Vaccination United Provinces of Agra and Oudh 1902-1913 - 1902-1913
Year: 1902
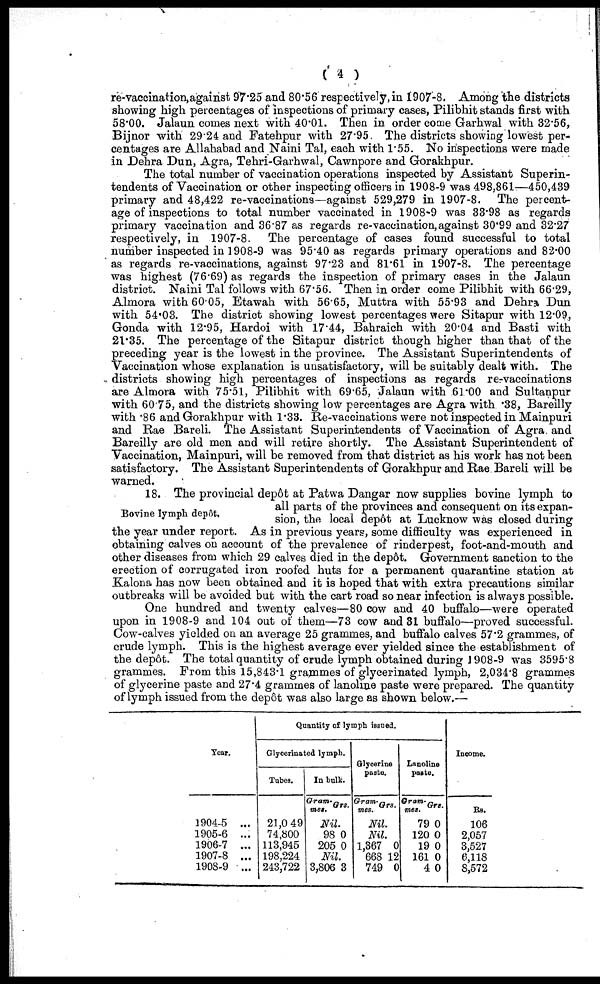
( 4 )
re-vaccination,against 97.25 and 80.56 respectively,in 1907-8. Among the districts
showing high percentages of inspections of primary cases, Pilibhit stands first with
58.00. Jalaun comes next with 40.01. Then in order come Garhwal with 32.56,
Bijnor with 29.24 and Fatehpur with 27.95 The districts showing lowest per-
centages are Allahabad and Naini Tal, each with 1.55. No inspections were made
in Dehra Dun, Agra, Tehri-Garhwal, Cawnpore and Gorakhpur.
The total number of vaccination operations inspected by Assistant Superin-
tendents of Vaccination or other inspecting officers in 1908-9 was 498,861—450,439
primary and 48,422 re-vaccinations—against 529,279 in 1907-8. The percent-
age of inspections to total number vaccinated in 1908-9 was 33.98 as regards
primary vaccination and 36.87 as regards re-vaccination,against 30.99 and 32.27
respectively, in 1907-8. The percentage of cases found successful to total
number inspected in 1908-9 was 95.40 as regards primary operations and 82.00
as regards re-vaccinations, against 97.23 and 81.61 in 1907-8. The percentage
was highest (76.69) as regards the inspection of primary cases in the Jalaun
district. Naini Tal follows with 67.56. Then in order come Pilibhit with 66.29,
Almora with 60.05, Etawah with 56.65, Muttra with 55.93 and Dehra Dun
with 54.03. The district showing lowest percentages were Sitapur with 12.09,
Gonda with 12.95, Hardoi with 17.44, Bahraich with 20.04 and Basti with
21.35. The percentage of the Sitapur district though higher than that of the
preceding year is the lowest in the province. The Assistant Superintendents of
Vaccination whose explanation is unsatisfactory, will be suitably dealt with. The
districts showing high percentages of inspections as regards re-vaccinations
are Almora with 75.51, Pilibhit with 69.65, Jalaun with 61.00 and Sultanpur
with 60.75, and the districts showing low percentages are Agra with .38, Bareilly
with .86 and Gorakhpur with 1.33. Re-vaccinations were not inspected in Mainpuri
and Rae Bareli. The Assistant Superintendents of Vaccination of Agra and
Bareilly are old men and will retire shortly. The Assistant Superintendent of
Vaccination, Mainpuri, will be removed from that district as his work has not been
satisfactory. The Assistant Superintendents of Gorakhpur and Rae Bareli will be
warned.
Bovine lymph depôt,
18. The provincial depôt at Patwa Dangar now supplies bovine lymph to
all parts of the provinces and consequent on its expan-
sion, the local aepôt at Lucknow was closed during
the year under report. As in previous years, some difficulty was experienced in
obtaining calves on account of the prevalence of rinderpest, foot-and-mouth and
other diseases from which 29 calves died in the depôt. Government sanction to the
erection of corrugated iron roofed huts for a permanent quarantine station at
Kalona has now been obtained and it is hoped that with extra precautions similar
outbreaks will be avoided but with the cart road so near infection is always possible.
One hundred and twenty calves—80 cow and 40 buffalo—were operated
upon in 1908-9 and 104 out of them—73 cow and 81 buffalo—proved successful.
Cow-calves yielded on an average 25 grammes, and buffalo calves 57.2 grammes, of
crude lymph. This is the highest average ever yielded since the establishment of
the depôt. The total quantity of crude lymph obtained during 1908-9 was 3595.8
grammes. From this 15,843.1 grammes of glycerinated lymph, 2,034.8 grammes
of glycerine paste and 27.4 grammes of lanoline paste were prepared. The quantity
of lymph issued from the depôt was also large as shown below.—
Year.
1904-5 ...
1905-6 ...
1906-7 ...
1907-8 ...
1908-9 ...
Quantity of lymph issued.
Glycerinated lymph.
Tubes.
21,0 49
74,800
113,945
198,224
243,722
In bulk
Gram-
mes.
Grs.
Nil.
98
205
0
0
Nil.
3,806 3
Glycerine
paste.
Gram-
mes.
Grs.
Nil.
Nil.
1,367
668
749
0
12
0
Lanoline
paste.
Gram-
mes.
79
120
19
161
4
Grs.
0
0
0
0
0
Income.
Rs.
106
2,057
3,527
6,118
8,572